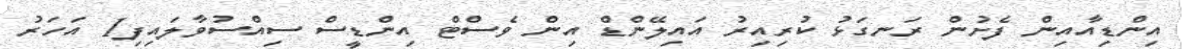
އިންޑިއާއިން ފެށުން ރަނގަޅު ކުރިއިރު އައިލޭންޑް އިން ވެސްޓް އިންޑީސް ސިއްސުވާލައިފި1 އަހަރު